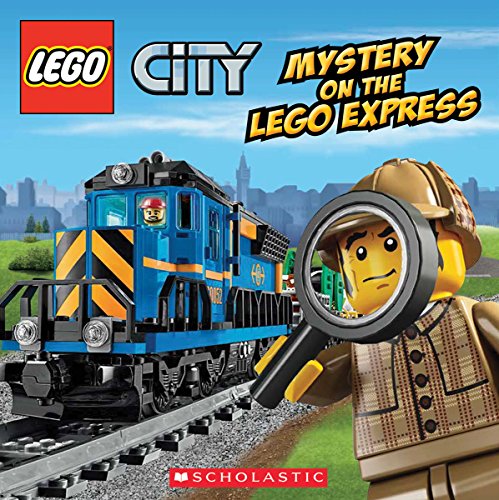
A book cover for LEGO City: Mystery on the LEGO Express; Trey King; Children's Books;